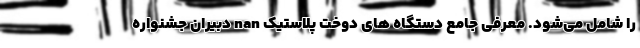
را شامل می‌شود. معرفی جامع دستگاه های دوخت پلاستیک nan دبیران جشنواره